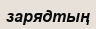
зарядтың